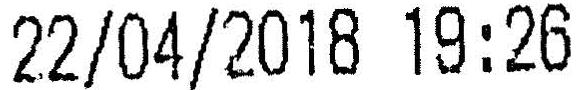
22/04/2018 19:26